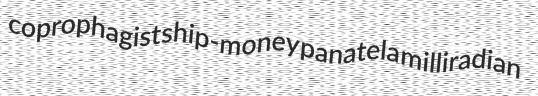
coprophagist ship-money panatela milliradian